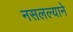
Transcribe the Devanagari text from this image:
नसलल्याने